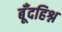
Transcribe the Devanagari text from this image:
बूँदहिश्न